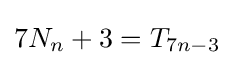
7N_{n}+3=T_{7n-3}